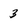
Character: 3